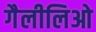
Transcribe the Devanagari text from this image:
गैलीलिओ